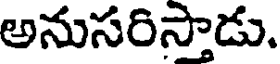
అనుసరిస్తాడు.